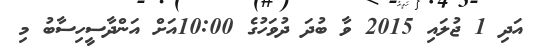
އަދި 1 ޖުލައި 2015 ވާ ބުދަ ދުވަހުގެ 10:00އަށް އަންދާސީހިސާބު މި